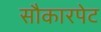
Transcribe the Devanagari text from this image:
सौकारपेट